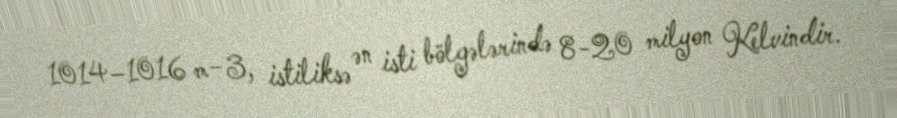
1014–1016 m−3, istiliksə ən isti bölgələrində 8-20 milyon Kelvindir.